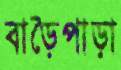
বাড়ৈপাড়া